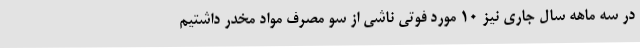
در سه ماهه سال جاری نیز 10 مورد فوتی ناشی از سو مصرف مواد مخدر داشتیم